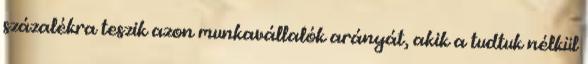
százalékra teszik azon munkavállalók arányát, akik a tudtuk nélkül